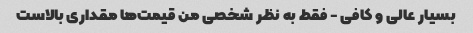
بسیار عالی و کافی - فقط به نظر شخصی من قیمت‌ها مقداری بالاست